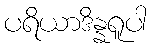
ပရိယာဒိန္နရူပါ